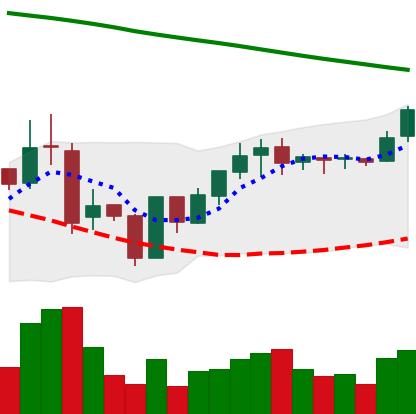
Ticker: BNB-USD
Chart end date: 2019-01-26
Forward return: -10.535%
Label: down_7plus